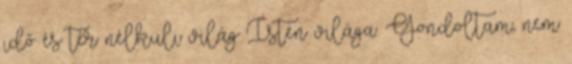
idő és tér nélküli világ Isten világa. Gondoltam, nem